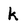
Character: k